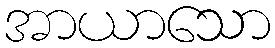
အာယာသော